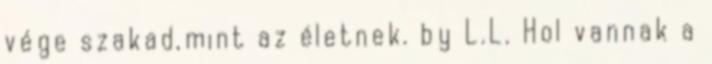
vége szakad,mint az életnek. by L.L. Hol vannak a